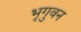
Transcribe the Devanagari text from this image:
भृगुवन